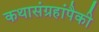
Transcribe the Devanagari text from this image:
कथासंग्रहांपैकी